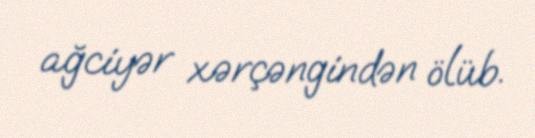
ağciyər xərçəngindən ölüb.